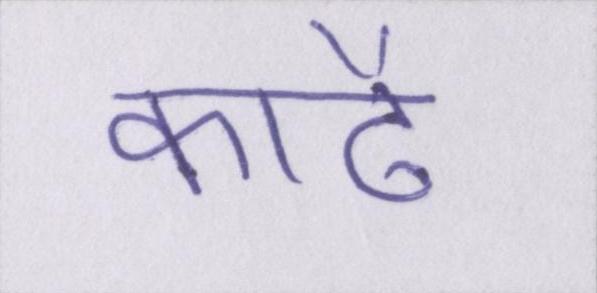
काढै